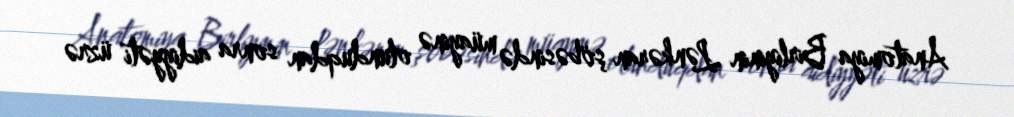
Anatomiya Birliyinin Lənkəran şöbəsində müayinə olunduqdan sonra aidiyyəti üzrə